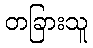
တခြားသူ